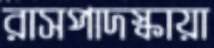
রাসপাদস্কায়া